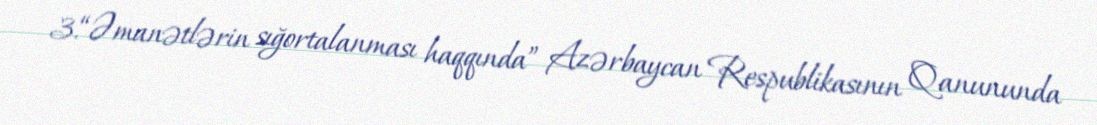
3.“Əmanətlərin sığortalanması haqqında” Azərbaycan Respublikasının Qanununda